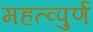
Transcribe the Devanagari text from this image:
महत्व्पुर्ण